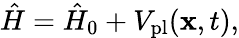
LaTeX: \begin{array}{r}{\hat{H}=\hat{H}_{0}+V_{\mathrm{pl}}(\mathbf{x},t),}\end{array}